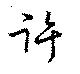
許